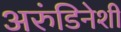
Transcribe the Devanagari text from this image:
अरुंडिनेशी